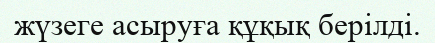
жүзеге асыруға құқық берілді.